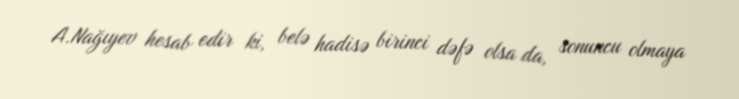
A.Nağıyev hesab edir ki, belə hadisə birinci dəfə olsa da, sonuncu olmaya